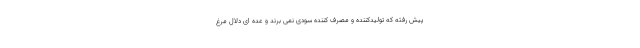
پیش رفته که تولیدکننده و مصرف کننده سودی نمی برند و عده ای دلال مرغ